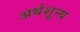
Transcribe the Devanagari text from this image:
अर्थशून्य